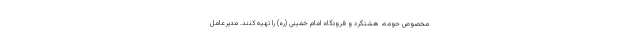
مخصوص حومه، هشتگرد و فرودگاه امام خمینی (ره) را تهیه کنند. مدیرعامل